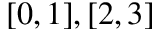
[ 0 , 1 ] , [ 2 , 3 ]